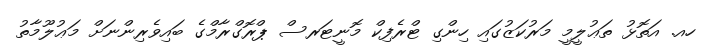
ހއ. އަތޮޅު ތަޢުލީމީ މަރުކަޒުގައި ހިންގި ޓްރެފިކް މޮނީޓަރސް ޕްރޮގްރާމްގެ ބައިވެރިންނަށް މަޢުލޫމާތު